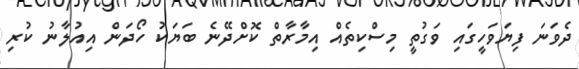
ދެވަނަ ފިޔަވަހީގަައި ވަގުތީ މިސްކިތެއް އިމާރާތް ކޮށްދޭނެ ބަޔަކު ހޯދަން އިއުލާނު ކުރި